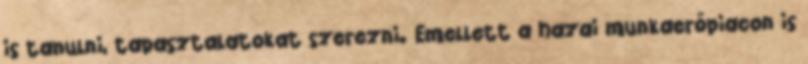
is tanulni, tapasztalatokat szerezni. Emellett a hazai munkaerőpiacon is